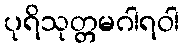
ပုရိသုတ္တမဂါရဝါ